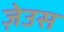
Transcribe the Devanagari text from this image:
ज़ेउस